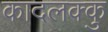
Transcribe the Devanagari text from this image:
कादलक्कु